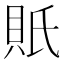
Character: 𧵄